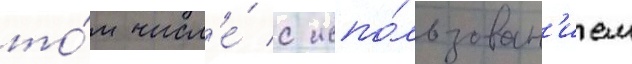
то́м числ'е́ с испо́льзован'ием